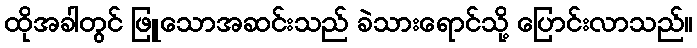
ထိုအခါတွင် ဖြူသောအဆင်းသည် ခဲသားရောင်သို့ ပြောင်းလာသည်။